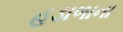
હડાળાના